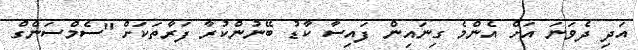
އަދި ދެވަނަ އަށް އެންމެ ގިނައިން ފައިސާ ކާޑު ބޭނުންކުރާ ފަރާތަކަށް "ސެމްސަންގް